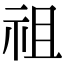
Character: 祖